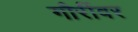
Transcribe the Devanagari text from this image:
गौरींवर